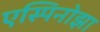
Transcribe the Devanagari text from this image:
एस्पिनोझा